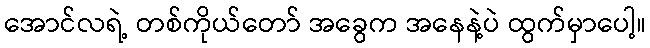
အောင်လရဲ့ တစ်ကိုယ်တော် အခွေက အနေနဲ့ပဲ ထွက်မှာပေါ့။